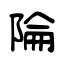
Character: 陯